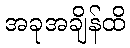
အခုအချိန်ထိ